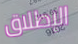
الإطلاق